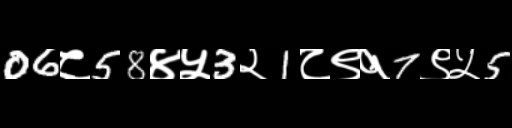
Text: 06८58४५3२1८९१7९५5